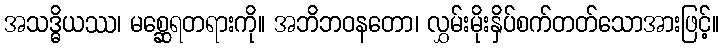
အသဒ္ဓိယဿ၊ မစ္ဆေရတရားကို။ အဘိဘဝနတော၊ လွှမ်းမိုးနှိပ်စက်တတ်သောအားဖြင့်။